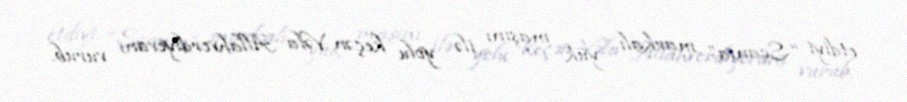
etdiyi “Scania” markalı yük maşını ilə yolu keçən Vəfa Allahverdiyevanı vurub.